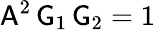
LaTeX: \mathsf{A}^{2}\, \mathsf{G}_{1}\, \mathsf{G}_{2}=1